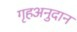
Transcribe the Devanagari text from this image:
गृहअनुदान